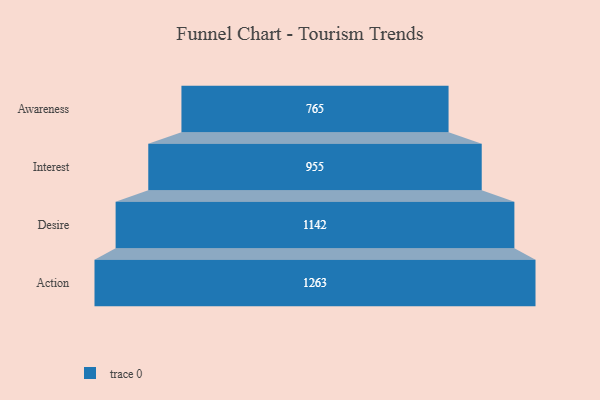
{"axis": {"x": "Stage", "y": "Value"}, "legend": [""], "data": [{"x": "Awareness", "y": 765.0, "type": ""}, {"x": "Interest", "y": 955.0, "type": ""}, {"x": "Desire", "y": 1142.0, "type": ""}, {"x": "Action", "y": 1263.0, "type": ""}]}